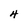
Character: 4